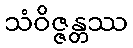
သံဝိဇ္ဇန္တဿ